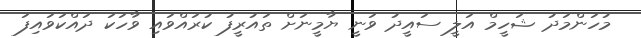
މުހަންމަދު ޝަހީމް އަލީ ސައީދު ވަނީ ޔާމީނަށް ތައުރީފު ކުރައްވައި ވާހަކަ ދައްކަވައިފަ